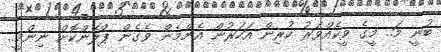
ބުނީ މަ.. މީގެ ވީކެއްވަރު ކުރިން އަހަރުން އެންމެން ވެގެން ޕްލޭންކޮށް ނިންމީ..